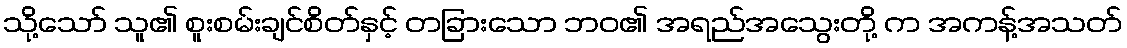
သို့သော် သူ၏ စူးစမ်းချင်စိတ်နှင့် တခြားသော ဘဝ၏ အရည်အသွေးတို့ က အကန့်အသတ်